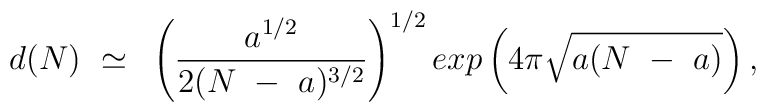
d(N) ~\simeq~  \left( \frac{a^{1/2}}{2(N~-~a)^{3/2}}\right)^{1/2} exp \left( 4 \pi {\sqrt{a (N~-~a)}} \right),